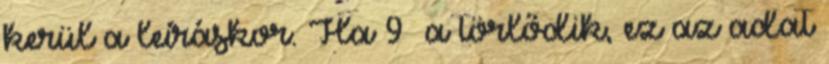
kerül a leíráskor. Ha 9 a törlődik, ez az adat